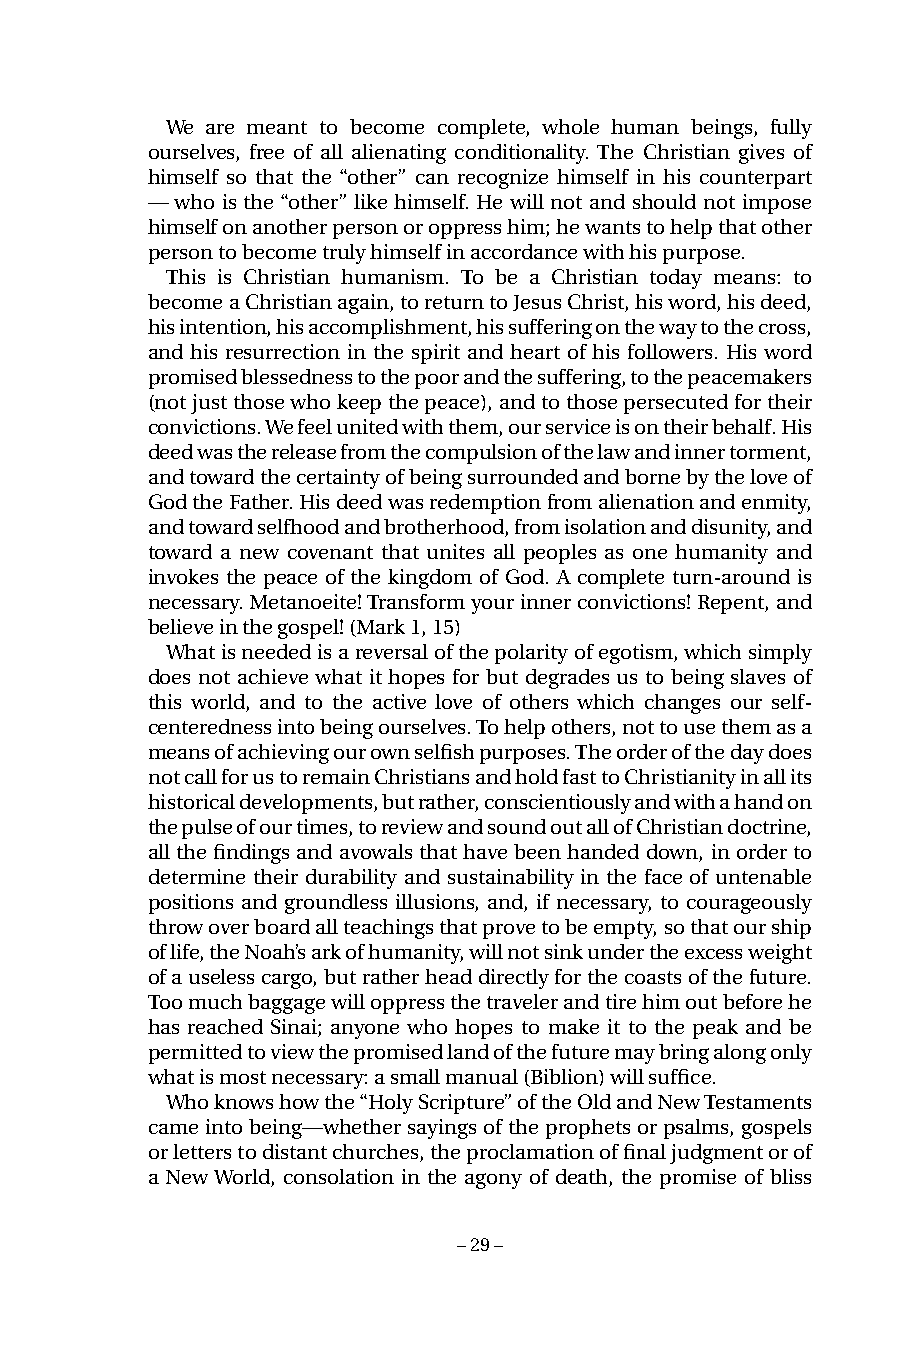
We are meant to become complete, whole human beings, fully
 ourselves, free of all alienating conditionality. The Christian gives of
 himself so that the “other” can recognize himself in his counterpart
 — who is the “other” like himself. He will not and should not impose
 himself on another person or oppress him; he wants to help that other
 person to become truly himself in accordance with his purpose.
 This is Christian humanism. To be a Christian today means: to
 become a Christian again, to return to Jesus Christ, his word, his deed,
 his intention, his accomplishment, his suffering on the way to the cross,
 and his resurrection in the spirit and heart of his followers. His word
 promised blessedness to the poor and the suffering, to the peacemakers
 (not just those who keep the peace), and to those persecuted for their
 convictions. We feel united with them, our service is on their behalf. His
 deed was the release from the compulsion of the law and inner torment,
 and toward the certainty of being surrounded and borne by the love of
 God the Father. His deed was redemption from alienation and enmity,
 and toward selfhood and brotherhood, from isolation and disunity, and
 toward a new covenant that unites all peoples as one humanity and
 invokes the peace of the kingdom of God. A complete turn-around is
 necessary. Metanoeite! Transform your inner convictions! Repent, and
 believe in the gospel! (Mark 1, 15)
 What is needed is a reversal of the polarity of egotism, which simply
 does not achieve what it hopes for but degrades us to being slaves of
 this world, and to the active love of others which changes our self-
 centeredness into being ourselves. To help others, not to use them as a
 means of achieving our own selfish purposes. The order of the day does
 not call for us to remain Christians and hold fast to Christianity in all its
 historical developments, but rather, conscientiously and with a hand on
 the pulse of our times, to review and sound out all of Christian doctrine,
 all the findings and avowals that have been handed down, in order to
 determine their durability and sustainability in the face of untenable
 positions and groundless illusions, and, if necessary, to courageously
 throw over board all teachings that prove to be empty, so that our ship
 of life, the Noah’s ark of humanity, will not sink under the excess weight
 of a useless cargo, but rather head directly for the coasts of the future.
 Too much baggage will oppress the traveler and tire him out before he
 has reached Sinai; anyone who hopes to make it to the peak and be
 permitted to view the promised land of the future may bring along only
 what is most necessary: a small manual (Biblion) will suffice.
 Who knows how the “Holy Scripture” of the Old and New Testaments
 came into being—whether sayings of the prophets or psalms, gospels
 or letters to distant churches, the proclamation of final judgment or of
 a New World, consolation in the agony of death, the promise of bliss
 – 29 –